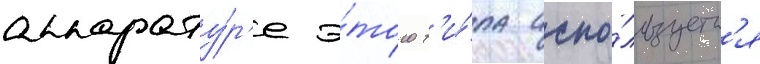
аппарату́р'е э́того т'и́па испо́льзуетс'я